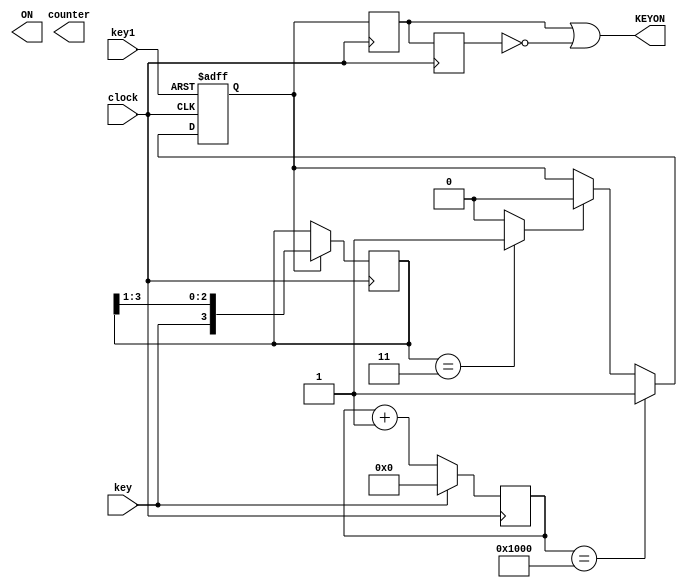
// --------------------------------------------------------------------
// Copyright (c) 2010 by Terasic Technologies Inc. 
// --------------------------------------------------------------------
//
// Permission:
//
//   Terasic grants permission to use and modify this code for use
//   in synthesis for all Terasic Development Boards and Altrea Development 
//   Kits made by Terasic.  Other use of this code, including the selling 
//   ,duplication, or modification of any portion is strictly prohibited.
//
// Disclaimer:
//
//   This VHDL or Verilog source code is intended as a design reference
//   which illustrates how these types of functions can be implemented.
//   It is the user's responsibility to verify their design for
//   consistency and functionality through the use of formal
//   verification methods.  Terasic provides no warranty regarding the use 
//   or functionality of this code.
//
// --------------------------------------------------------------------
//           
//                     Terasic Technologies Inc
//                     356 Fu-Shin E. Rd Sec. 1. JhuBei City,
//                     HsinChu County, Taiwan
//                     302
//
//                     web: http://www.terasic.com/
//
// --------------------------------------------------------------------
//
// Major Functions:KEY triggle
//
// --------------------------------------------------------------------
//
// Revision History :
// --------------------------------------------------------------------
//   Ver  :| Author             :| Mod. Date :| Changes Made:
//   V1.0 :| Allen Wang         :| 03/25/10  :| Initial Revision
// --------------------------------------------------------------------



//`define  OUT_BIT  9

module keytr (
				key,
				key1,
				ON,
				clock,
				KEYON,
				counter	
			 );

//=======================================================
//  PORT declarations
//=======================================================			 
input	           key;
input            key1;
input	         clock;

output	            ON;
output           KEYON;
output  [9:0]  counter;


reg     [9:0]  counter;
//reg              KEYON;
//wire ON=((counter[`OUT_BIT]==1) && (key==0))?0:1; 
/*/=============================================================================
// Structural coding
//=============================================================================
always @(negedge ON or posedge clock) 
	begin
		if (!ON)
			begin
				counter=0;
			end 
		else if (counter[`OUT_BIT]==0)
				begin
					counter=counter+1;
				end	
	end

always @(posedge clock) 
	begin
		if  ((counter>=1) && (counter <5))
			begin
				KEYON=0;
			end
		else begin	
				KEYON=1;
			 end
	end*/
///debounce starts
reg [3:0] sw;
reg flag,D1,D2;
reg [15:0] delay;
//falling edge detect,
always@(negedge clock)
begin
  if (flag)
     sw<={key,sw[3:1]};
end
assign falling_edge = (sw==4'b0011)?1'b1:1'b0;
////////////
always@(posedge clock,negedge key1)
begin
  if (!key1)
     flag<=1'b1;
  else if (delay==15'd4096)////modify the value here for a better debounce effect when using a high clock frequency;
     flag<=1'b1;
  else if (falling_edge)
     flag<=1'b0;
end
//
always@(posedge clock)
begin
  if (!key)
     delay<=delay+1;
  else
     delay<=15'd0;
end
///debounce over!
/////////////////////////////////////////
///////////?????
always@(negedge clock)
begin
  D1<=flag;
  D2<=D1;
end
assign KEYON = (D1 | !D2);
endmodule